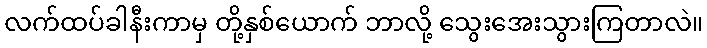
လက်ထပ်ခါနီးကာမှ တို့နှစ်ယောက် ဘာလို့ သွေးအေးသွားကြတာလဲ။